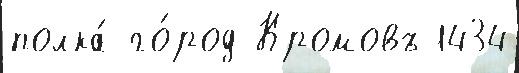
полка́ го́род Кромовъ 1434